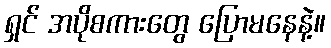
ရှင် အပိုစကားတွေ ပြောမနေနဲ့။